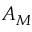
A _ { M }